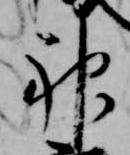
神